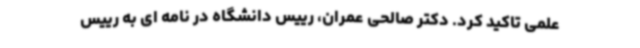
علمی تاکید کرد. دکتر صالحی عمران، رییس دانشگاه در نامه ای به رییس